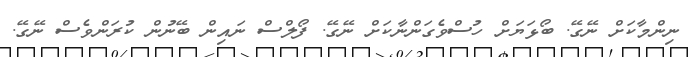
ނިންމާކަށް ނޭގޭ. ބޯޅަޔަށް ހުސްވެގަންނާކަށް ނޭގޭ. ފޯލްސް ނައިން ބޭނުން ކުރަންވެސް ނޭގޭ.